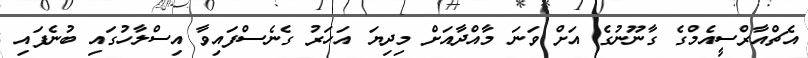
އެޗްއާރްސީއެމްގެ ގާނޫނުގެ އަށް ވަނަ މާއްދާއަށް މިދިޔަ އަހަރު ގެނެސްފައިވާ އިސްލާހުގައި ބުނެފައި